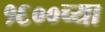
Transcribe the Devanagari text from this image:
१६००च्या